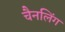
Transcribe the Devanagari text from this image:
चैनलिंग